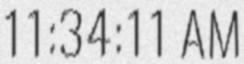
11:34:11 AM